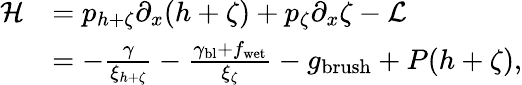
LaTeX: \begin{array}{rl}{\mathcal{H}}&{=p_{h+\zeta}\partial_{x}(h+\zeta)+p_{\zeta}\partial_{x}\zeta-\mathcal{L}}\\ &{=-\frac{\gamma}{\xi_{h+\zeta}}-\frac{\gamma_{\mathrm{bl}}+f_{\mathrm{wet}}}{\xi_{\zeta}}-g_{\mathrm{brush}}+P(h+\zeta),}\end{array}